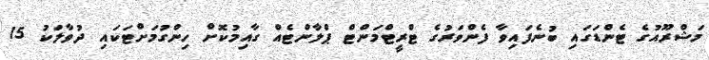
މަޝްރޫއުގެ ޓެންޑަގައި ބުނެފައިވާ ފެންވަރުގެ ޓްރީޓްމަންޓް ޕްލާންޓެއް ގާއިމުކޮށް ހިންގުމަށްޓަކައި ދުވާލަކު 15